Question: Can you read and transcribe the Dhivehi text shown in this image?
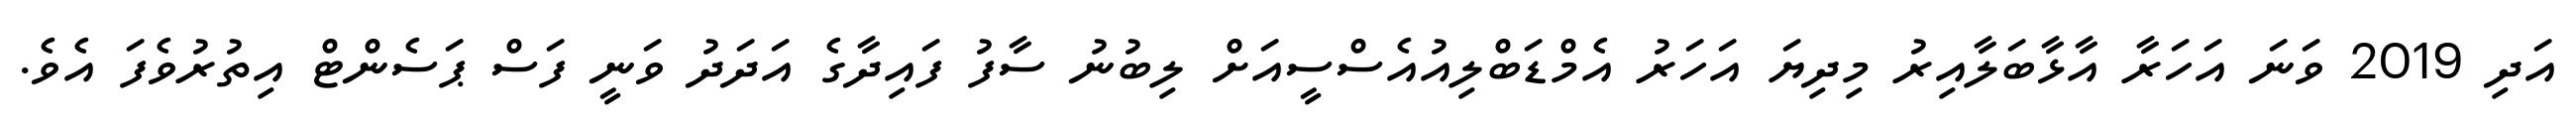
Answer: އަދި 2019 ވަނަ އަހަރާ އާޅާބަލާއިރު މިދިޔަ އަހަރު އެމްޑަބްލިއުއެސްސީއަށް ލިބުނު ސާފު ފައިދާގެ އަދަދު ވަނީ ފަސް ޕަސެންޓް އިތުރުވެފަ އެވެ.